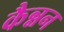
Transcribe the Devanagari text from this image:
कैन्नन